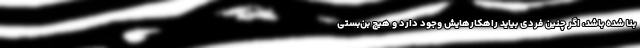
بنا شده باشد، اگر چنین فردی بیاید راهکارهایش وجود دارد و هیچ بن‌بستی